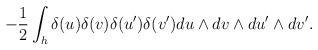
LaTeX: \begin{align*}-{1\over 2}\int_h \delta(u) \delta(v) \delta(u') \delta(v')du\wedge dv\wedge du'\wedge dv'.\end{align*}